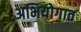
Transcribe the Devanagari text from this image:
अभियोगात